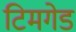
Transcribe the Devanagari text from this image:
टिमगेड